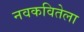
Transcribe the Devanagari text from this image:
नवकवितेला